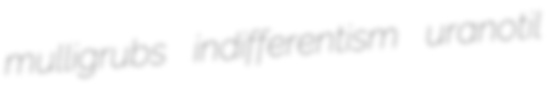
mulligrubs indifferentism uranotil